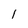
Character: l